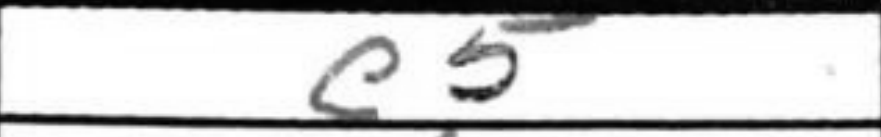
Transcription: e5